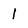
Character: 1